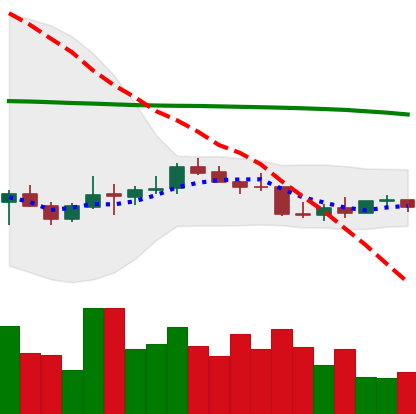
Ticker: LTC-USD
Chart end date: 2022-01-03
Forward return: -12.343%
Label: down_7plus